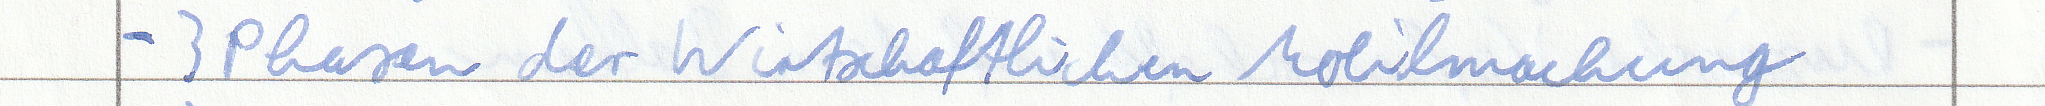
- 3 Phasen der Wirtschaftlichen Mobilmachung